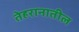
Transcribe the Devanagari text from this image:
तेहरानातील